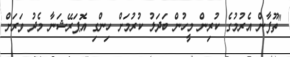
"ތޫފާން އެރުމުގެ ކުރިން މީހުން ބަދަލު ކުރުމަށް ހިންގި އޮޕަރޭޝަނާ މެދު ވަރަށް